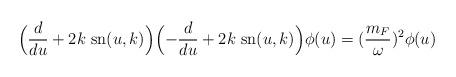
\begin{align*}\Bigl(\frac{d}{du}+2k~{\rm sn}(u, k)\Bigr)\Bigl(-\frac{d}{du}+2k~{\rm sn}(u, k)\Bigr)\phi(u)=(\frac{m_F}{\omega})^2\phi(u)\end{align*}